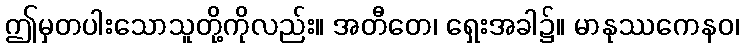
ဤမှတပါးသောသူတို့ကိုလည်း။ အတီတေ၊ ရှေးအခါ၌။ မာနုဿကေနဝ၊